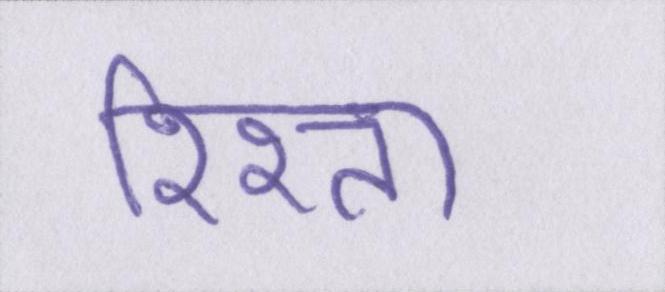
रिश्ता